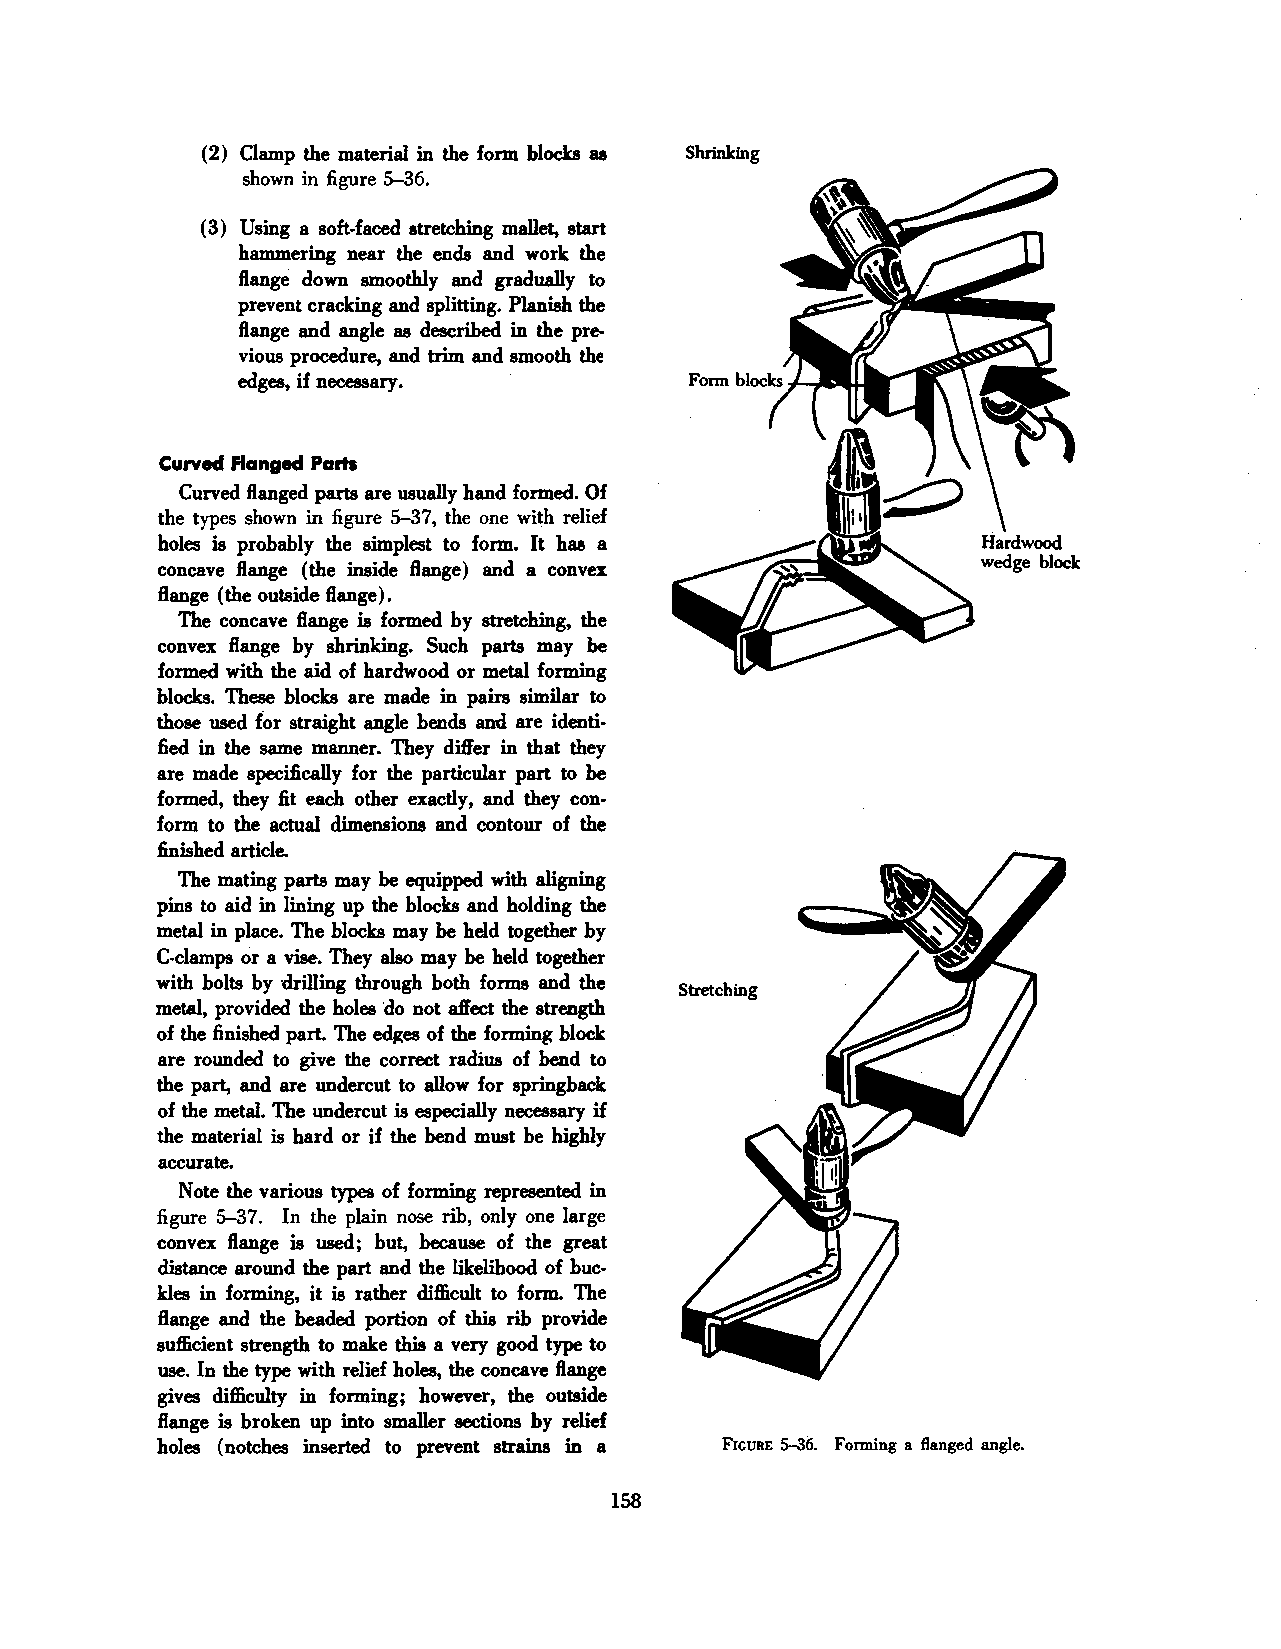
(2) Clamp the material in the form blocks as Shrinking
 shown in figure 5-36.
 (3) Using a soft-faced stretching mallet, start
 hammering near the ends and work the
 flange down smoothly and gradually to
 prevent cracking and splitting. Planish the
 flange and angle as described in the pre
 vious procedure, and trim and smooth the
 edges, if necessary.
 Curved Flanged Parts
 Curved flanged parts are usually hand formed. Of
 the types shown in figure 5-37, the one with relief
 holes is probably the simplest to form. It has a
 concave flange (the inside flange) and a convex
 flange (the outside flange).
 The concave flange is formed by stretching, the
 convex flange by shrinking. Such parts may be
 formed with the aid of hardwood or metal forming
 blocks. These blocks are made in pairs similar to
 those used for straight angle bends and are identi
 fied in the same manner. They differ in that they
 are made specifically for the particular part to be
 formed, they fit each other exactly, and they con
 form· to the actual dimensions and contour of the
 finished article.
 The mating parts may be equipped with aligning
 pins to aid in lining up the blocks and holding the
 metal in place. The blocks may be held together by
 C-clamps or a vise. They also may be held together
 with bolts by drilling through both forms and the
 Stretching
 metal, provided the holes do not affect the strength
 of the finished part. The edges of the forming block
 are rounded to give the correct radius of bend to
 the part, and are undercut to allow for springback
 of the metal. The undercut is especially necessary if
 the material is hard or if the bend must be highly
 accurate.
 Note the various types of forming represented in
 figure 5-37. In the plain nose rib, only one large
 convex flange is used; but, because of the great
 distance around the part and the likelihood of buc
 kles in forming, it is rather difficult to form. The
 flange and the beaded portion of this rib provide
 sufficient strength to make this a very good type to
 use. In the type with relief holes, the concave flange
 gives difficulty in forming; however, the outside
 flange is broken up into smaller sections by relief
 holes (notches inserted to prevent strains in a FIGURE 5-36. Forming a flanged angle.
 158